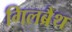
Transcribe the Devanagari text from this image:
गिलब्रैथ